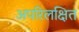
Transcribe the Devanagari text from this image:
अपरिलक्षित